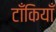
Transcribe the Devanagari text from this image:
टाँकियाँ